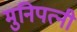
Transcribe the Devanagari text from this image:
मुनिपत्‍नी